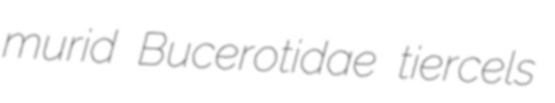
murid Bucerotidae tiercels